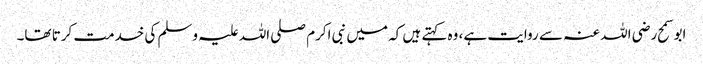
ابو سمح رضی اللہ عنہ سے روایت ہے، وہ کہتے ہیں کہ میں نبی اکرم صلی اللہ علیہ وسلم کی خدمت کرتا تھا۔